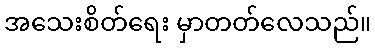
အသေးစိတ်ရေး မှာတတ်လေသည်။